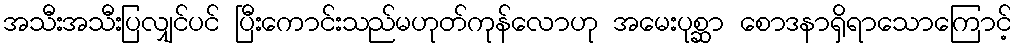
အသီးအသီးပြလျှင်ပင် ပြီးကောင်းသည်မဟုတ်ကုန်လောဟု အမေးပုစ္ဆာ စောဒနာရှိရာသောကြောင့်